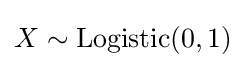
X\sim \operatorname {Logistic} (0,1)